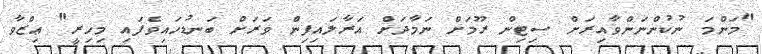
"މަންމަ ނުކުންނަންވާއިރަށް ސިޓިން ރޫމަށް ނަމާދަށް އަރާލައިފިން ވަރަށް ބަނޑުހައިވެފައި މިހިރީ" ޢިޒްވާ